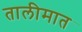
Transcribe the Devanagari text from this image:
तालीमात